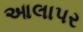
આલાપર